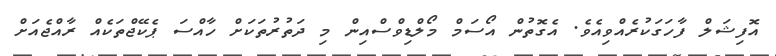
އޮފިޝަލް ފާހަގަކުރެއްވިއެވެ. އެގޮތުން އޯސަމް މޯލްޑިވްސްއިން މި ދަތުރުތަކަށް ހާއްސަ ޕެކޭޖްތަކެއް ރާއްޖެއަށް